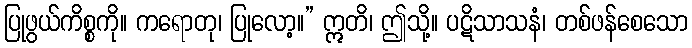
ပြုဖွယ်ကိစ္စကို။ ကရောတု၊ ပြုလော့။” ဣတိ၊ ဤသို့။ ပဋိသာသနံ၊ တစ်ဖန်စေသော